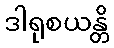
ဒါရုစယန္တိ